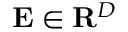
\mathbf { E } \in \mathbf { R } ^ { D }